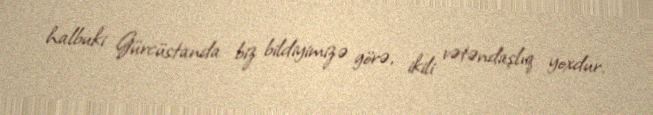
halbuki Gürcüstanda biz bildiyimizə görə, ikili vətəndaşlıq yoxdur.